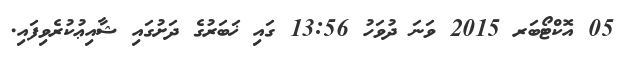
05 އޮކްޓޯބަރ 2015 ވަނަ ދުވަހު 13:56 ގައި ޚަބަރުގެ ދަށުގައި ޝާއިޢުކުރެވިފައި.